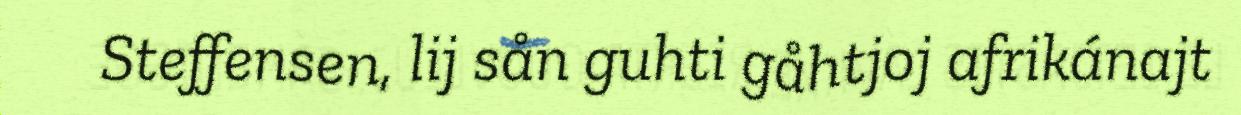
Steffensen, lij sån guhti gåhtjoj afrikánajt